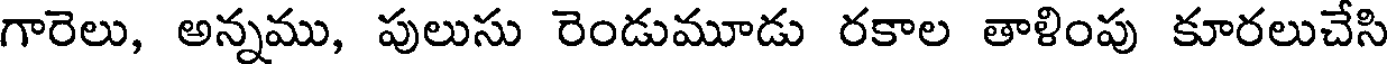
గారెలు, అన్నము, పులుసు రెండుమూడు రకాల తాళింపు కూరలుచేసి